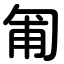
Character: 匍